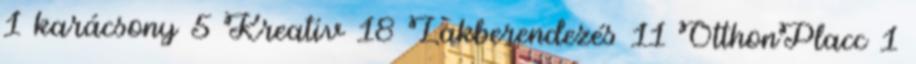
1 karácsony 5 Kreatív 18 Lakberendezés 11 OtthonPlacc 1